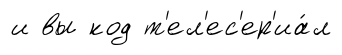
и вы код т'ел'ес'ер'иа́л